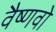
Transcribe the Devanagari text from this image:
वैष्‍णवो